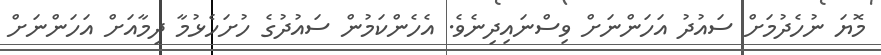
މޮޔަ ނުހެދުމަށް ސައުދު އަހަންނަށް ވިސްނައިދިނެވެ. އެހެންކަމުން ސައުދުގެ ހުށަހެޅުމާ ދިމާއަށް އަހަންނަށް